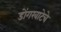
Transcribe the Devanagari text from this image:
डोंगरवाटेचे